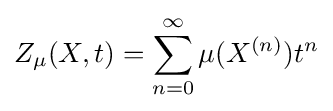
Z_{\mu }(X,t)=\sum _{n=0}^{\infty }\mu (X^{(n)})t^{n}